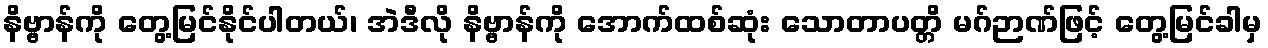
နိဗ္ဗာန်ကို တွေ့မြင်နိုင်ပါတယ်၊ အဲဒီလို နိဗ္ဗာန်ကို အောက်ထစ်ဆုံး သောတာပတ္တိ မဂ်ဉာဏ်ဖြင့် တွေ့မြင်ခါမှ